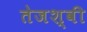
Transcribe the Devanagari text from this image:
तेजश्वी